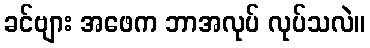
ခင်ဗျား အဖေက ဘာအလုပ် လုပ်သလဲ။